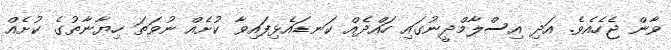
ވާން ޖެހެއެވެ. އަދި އިސްލާމްދީނުގައި ހައްދެއް ކަނޑައެޅިފައިވާ ކުށެއް ނުވަތަ ހިޔާނާތުގެ ކުށެއް